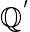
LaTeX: \mathbb{Q}^{'}